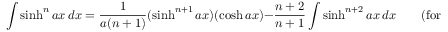
\int \sinh ^ { n } a x \, d x = { \frac { 1 } { a ( n + 1 ) } } ( \sinh ^ { n + 1 } a x ) ( \cosh a x ) - { \frac { n + 2 } { n + 1 } } \int \sinh ^ { n + 2 } a x \, d x \qquad { \mathrm { ( f o r ~ } } n < 0 { \mathrm { , ~ } } n \neq - 1 { \mathrm { ) } }